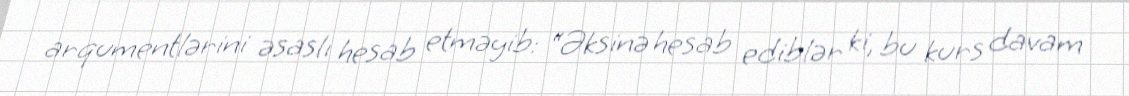
arqumentlərini əsaslı hesab etməyib: “Əksinə hesab ediblər ki, bu kurs davam